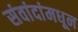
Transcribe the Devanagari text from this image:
संवांदांमधून